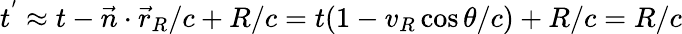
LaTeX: t^{'}\approx t-\vec{n}\cdot\vec{r}_{R}/c+R/c=t(1-v_{R}\cos\theta/c)+R/c=R/c